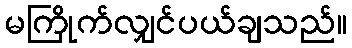
မကြိုက်လျှင်ပယ်ချသည်။